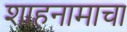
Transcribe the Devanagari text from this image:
शाहनामाचा